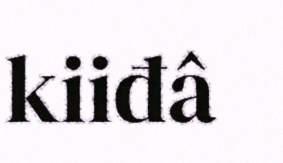
kiiđâ